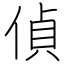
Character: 偵